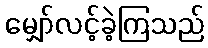
မျှော်လင့်ခဲ့ကြသည်